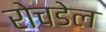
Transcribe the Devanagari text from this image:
रोचडेल